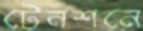
টেনশনে